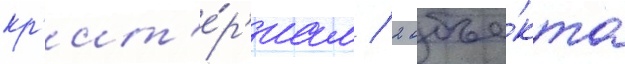
кр'ит'е́р'иам / 2 объе́кта